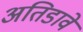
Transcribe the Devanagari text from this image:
अतिडावे